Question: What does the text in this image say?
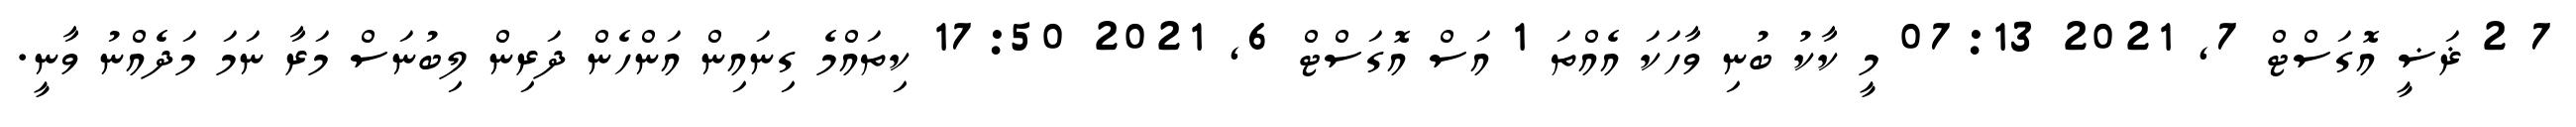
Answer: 7 2 ޜަޟީ އޮގަސްޓް 7, 2021 07:13 މީ ކާކު ބުނި ވާހަކަ އެއްތަ 1 އަސް އޮގަސްޓް 6, 2021 17:50 ކިތައްމެ ގިނައިން އަންހެން ދަރިން ލިބުނަސް މަރާ ނަމަ މަދެއްނު ވާނީ.